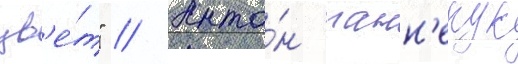
цв'е́т" // Анто́н панн'екук